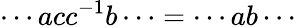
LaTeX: \cdots acc^{-1}b\cdots=\cdots ab\cdots